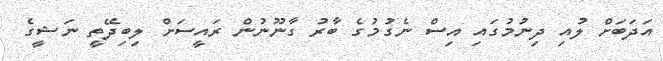
އަދަބަށް ލުއި ދިނުމުގައި އިސް ނެގުމުގެ ބާރު ގާނޫނުން ރައީސަށް ލިބިދޭތީ ނަޝީގެ